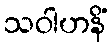
သဝါဟနိံ